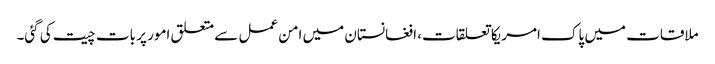
ملاقات میں پاک امریکا تعلقات، افغانستان میں امن عمل سے متعلق امور پر بات چیت کی گئی۔